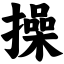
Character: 操